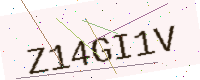
Text: Z14GI1V